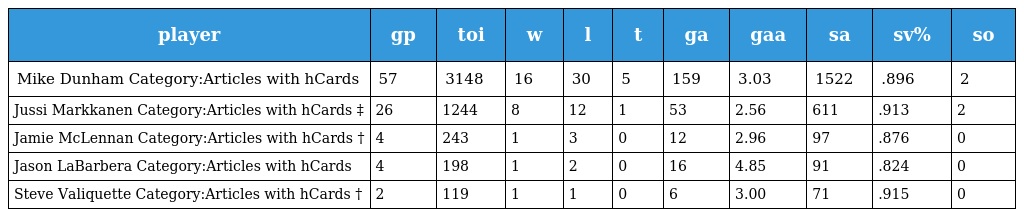
| player | gp | toi | w | l | t | ga | gaa | sa | sv% | so |
 | --- | --- | --- | --- | --- | --- | --- | --- | --- | --- | --- |
 | Mike Dunham Category:Articles with hCards | 57 | 3148 | 16 | 30 | 5 | 159 | 3.03 | 1522 | .896 | 2 |
 | Jussi Markkanen Category:Articles with hCards ‡ | 26 | 1244 | 8 | 12 | 1 | 53 | 2.56 | 611 | .913 | 2 |
 | Jamie McLennan Category:Articles with hCards † | 4 | 243 | 1 | 3 | 0 | 12 | 2.96 | 97 | .876 | 0 |
 | Jason LaBarbera Category:Articles with hCards | 4 | 198 | 1 | 2 | 0 | 16 | 4.85 | 91 | .824 | 0 |
 | Steve Valiquette Category:Articles with hCards † | 2 | 119 | 1 | 1 | 0 | 6 | 3.00 | 71 | .915 | 0 |